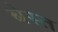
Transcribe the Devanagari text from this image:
बेस्त